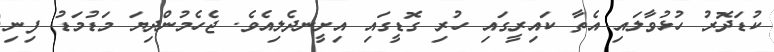
ކުޑަދޮރު ހުޅުވާލައި އެތާ ކައިރީގައި ހުރި ގޮޑީގައި އިށީނދެލިއެވެ. ޖެހެމުންދިޔަ މަޑުމަޑު ފިނި